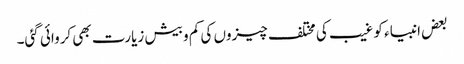
بعض انبیاء کو غیب کی مختلف چیزوں کی کم و بیش زیارت بھی کروائی گئی۔